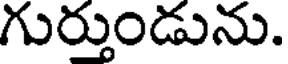
గుర్తుండును.